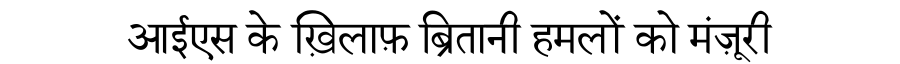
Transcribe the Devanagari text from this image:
आईएस के ख़िलाफ़ ब्रितानी हमलों को मंज़ूरी